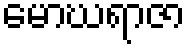
မောဃရာဇာ